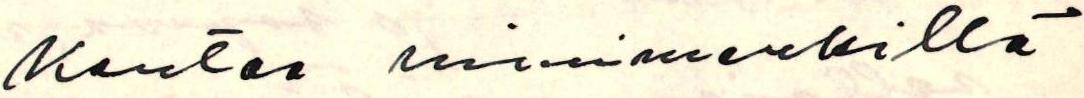
kertaa nimimerkillä